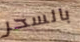
بالسحر